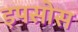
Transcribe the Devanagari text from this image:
इपसोस